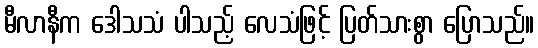
မီလာနီက ဒေါသသံ ပါသည့် လေသံဖြင့် ပြတ်သားစွာ ပြောသည်။